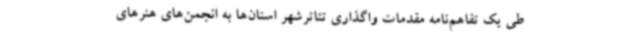
طی یک تفاهم‌نامه مقدمات واگذاری تئاترشهر استان‌ها به انجمن‌های هنرهای